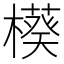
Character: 𬄲